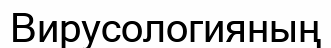
Вирусологияның